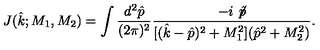
J ( { \hat { k } } ; M _ { 1 } , M _ { 2 } ) = \int \frac { d ^ { 2 } { \hat { p } } } { ( 2 \pi ) ^ { 2 } } \frac { - i \not \! { \hat { p } } } { [ ( { \hat { k } } - { \hat { p } } ) ^ { 2 } + M _ { 1 } ^ { 2 } ] ( { \hat { p } } ^ { 2 } + M _ { 2 } ^ { 2 } ) } .